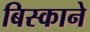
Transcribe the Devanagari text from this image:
बिस्काने